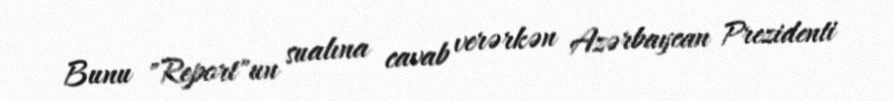
Bunu "Report"un sualına cavab verərkən Azərbaycan Prezidenti